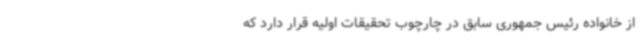
از خانواده رئیس جمهوری سابق در چارچوب تحقیقات اولیه قرار دارد که